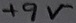
Text: +9V